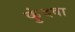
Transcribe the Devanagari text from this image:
कुंदवा